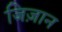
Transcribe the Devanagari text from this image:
जिज़ान